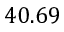
4 0 . 6 9